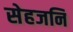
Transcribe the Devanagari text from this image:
सेहजनि